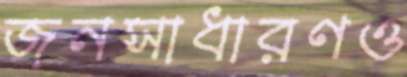
জনসাধারণও